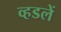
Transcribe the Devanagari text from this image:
व्हडलें